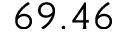
6 9 . 4 6